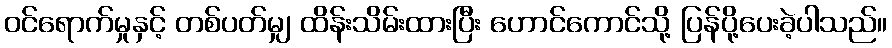
ဝင်ရောက်မှုနှင့် တစ်ပတ်မျှ ထိန်းသိမ်းထားပြီး ဟောင်ကောင်သို့ ပြန်ပို့ပေးခဲ့ပါသည်။